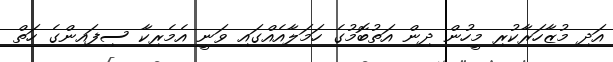
އަދި މުޒާހަރާކުރި މީހުން ދިން އަތުބޮމުގެ ހަމަލާއެއްގައި ވަނީ އެމެރިކާ ސިފައިންގެ ހަތް